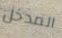
المدخل